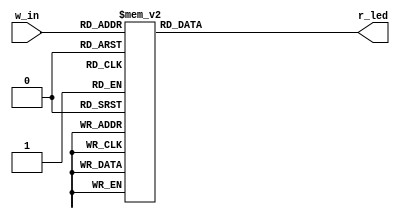
module m_7segled (w_in, r_led);
  input  wire [3:0] w_in;
  output reg  [6:0] r_led;
  always @(*) begin
    case (w_in)
      4'd0  : r_led <= 7'b1111110;
      4'd1  : r_led <= 7'b0110000;
      4'd2  : r_led <= 7'b1101101;
      4'd3  : r_led <= 7'b1111001;
      4'd4  : r_led <= 7'b0110011;
      4'd5  : r_led <= 7'b1011011;
      4'd6  : r_led <= 7'b1011111;
      4'd7  : r_led <= 7'b1110000;
      4'd8  : r_led <= 7'b1111111;
      4'd9  : r_led <= 7'b1111011;
      default:r_led <= 7'b0000000;
    endcase
  end
endmodule

`define DELAY7SEG  100000 // 200000 for 100MHz, 100000 for 50MHz
/******************************************************************************/
module m_7segcon (w_clk, w_din, r_sg, r_an);
  input  wire w_clk;
  input  wire [31:0] w_din;
  output reg [6:0] r_sg;  // cathode segments
  output reg [7:0] r_an;  // common anode

  reg [31:0] r_val   = 0;
  reg [31:0] r_cnt   = 0;
  reg  [3:0] r_in    = 0;
  reg  [2:0] r_digit = 0;
  always@(posedge w_clk) r_val <= w_din;

  always@(posedge w_clk) begin
    r_cnt <= (r_cnt>=(`DELAY7SEG-1)) ? 0 : r_cnt + 1;
    if(r_cnt==0) begin
      r_digit <= r_digit+ 1;
       if (r_digit==0) begin r_an <= 8'b11111110; r_in <= r_val % 10; end
       else if (r_digit==1) begin r_an <= 8'b11111101; r_in <= (r_val / 10 ) % 10; end
       else if (r_digit==2) begin r_an <= 8'b11111011; r_in <= (r_val / 100 ) % 10;  end
       else if (r_digit==3) begin r_an <= 8'b11110111; r_in <= (r_val / 1000 ) % 10; end
       else if (r_digit==4) begin r_an <= 8'b11101111; r_in <= (r_val / 10000 ) % 10; end
       else if (r_digit==5) begin r_an <= 8'b11011111; r_in <= (r_val / 100000 ) % 10; end
       else if (r_digit==6) begin r_an <= 8'b10111111; r_in <= (r_val / 1000000 ) % 10; end
       else                 begin r_an <= 8'b01111111; r_in <= (r_val / 10000000 ) % 10; end

    end
  end
  wire [6:0] w_segments;
  m_7segled m_7segled (r_in, w_segments);
  always@(posedge w_clk) r_sg <= ~w_segments;
endmodule
/******************************************************************************/